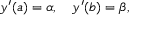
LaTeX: y ^ { \prime } ( a ) = \alpha , \quad y ^ { \prime } ( b ) = \beta ,